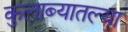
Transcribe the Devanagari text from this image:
कुलाब्यातल्या